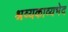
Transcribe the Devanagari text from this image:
श्रव्यकाव्यभेद